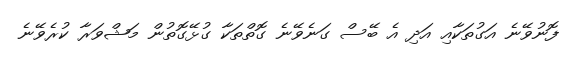
ފޮނުވޭނެ އަގުތަކާއި އަދި އެ ބޭސް ގަނެވޭނެ ގޮތްތަކާ ގުޅޭގޮތުން މަޝްވަރާ ކުރެވޭނެ